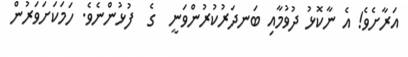
އަރާށެވެ! އެ ނާކޮޅު ދުވުމާއި ބަނދަރުކުރުންވަނީ  ގެ  ފުޅުންނެވެ. ހަމަކަށަވަރުން